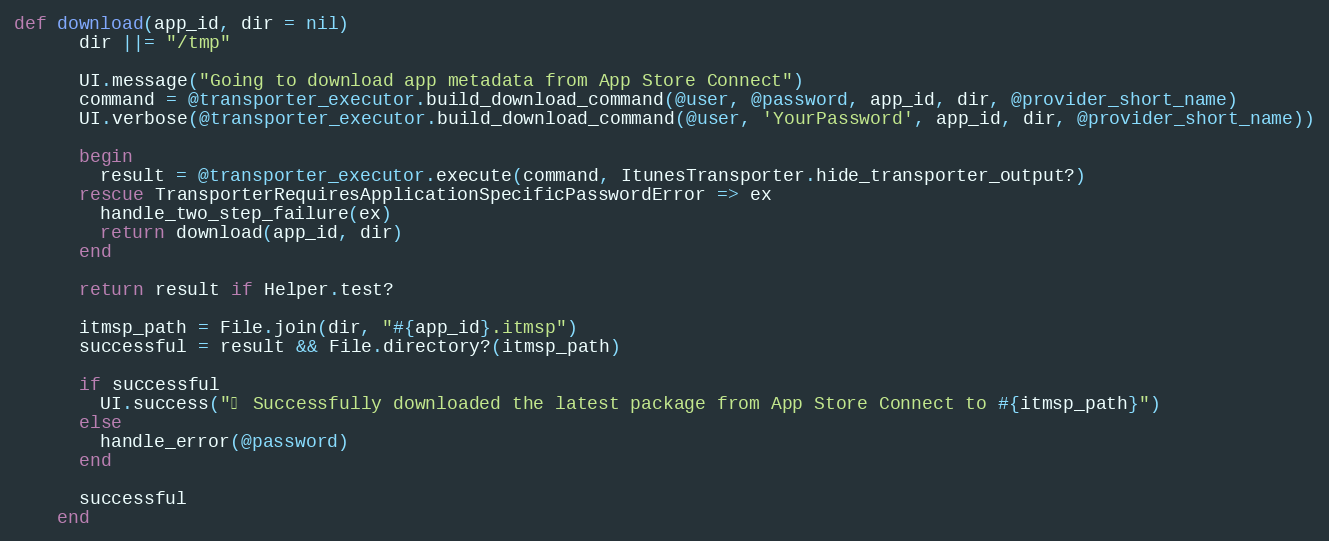
Language: Ruby
def download(app_id, dir = nil)
      dir ||= "/tmp"

      UI.message("Going to download app metadata from App Store Connect")
      command = @transporter_executor.build_download_command(@user, @password, app_id, dir, @provider_short_name)
      UI.verbose(@transporter_executor.build_download_command(@user, 'YourPassword', app_id, dir, @provider_short_name))

      begin
        result = @transporter_executor.execute(command, ItunesTransporter.hide_transporter_output?)
      rescue TransporterRequiresApplicationSpecificPasswordError => ex
        handle_two_step_failure(ex)
        return download(app_id, dir)
      end

      return result if Helper.test?

      itmsp_path = File.join(dir, "#{app_id}.itmsp")
      successful = result && File.directory?(itmsp_path)

      if successful
        UI.success("✅ Successfully downloaded the latest package from App Store Connect to #{itmsp_path}")
      else
        handle_error(@password)
      end

      successful
    end